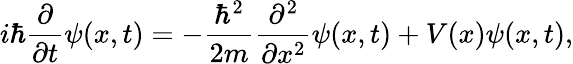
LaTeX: i\hbar{\frac{\partial}{\partial t}}\psi(x,t)=-{\frac{\hbar^{2}}{2m}}{\frac{\partial^{2}}{\partial x^{2}}}\psi(x,t)+V(x)\psi(x,t),